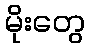
မိုးတွေ